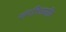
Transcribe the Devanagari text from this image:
संपत्तिप्राप्ति